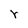
Character: r